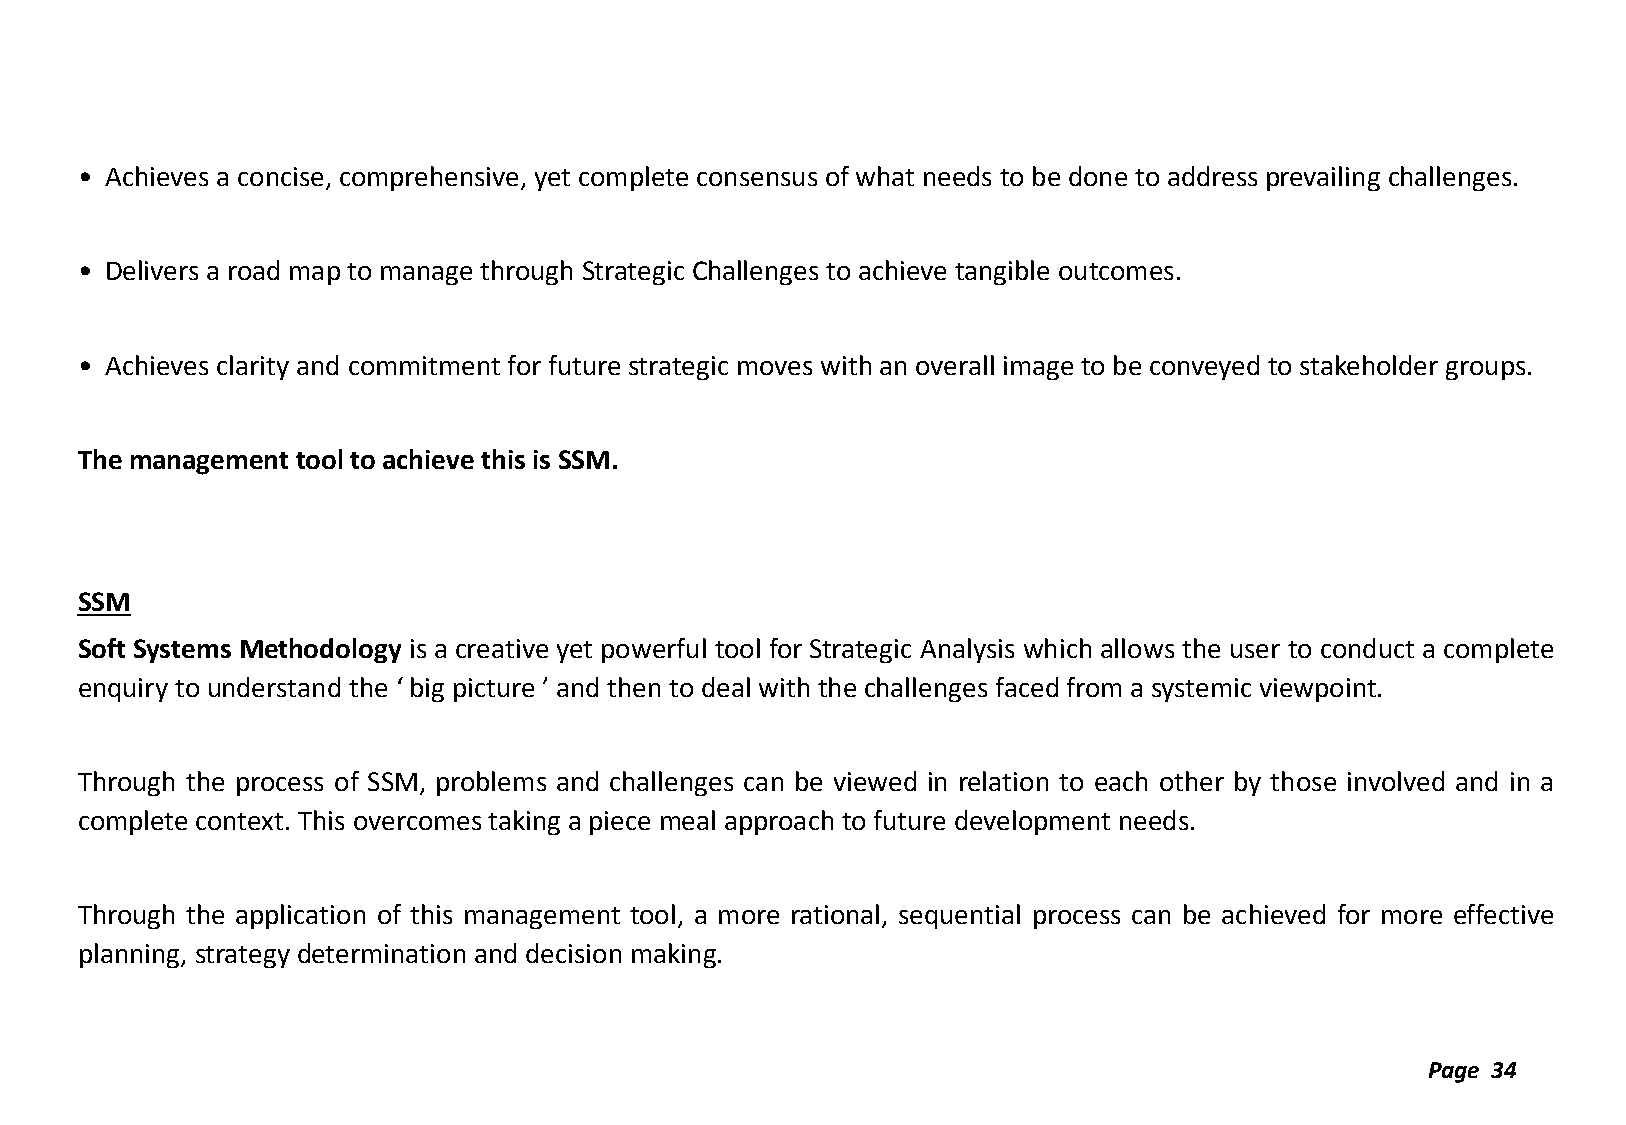
• Achieves a concise, comprehensive, yet complete consensus of what needs to be done to address prevailing challenges.
 • Delivers a road map to manage through Strategic Challenges to achieve tangible outcomes.
 • Achieves clarity and commitment for future strategic moves with an overall image to be conveyed to stakeholder groups.
 The management tool to achieve this is SSM.
 SSM
 Soft Systems Methodology is a creative yet powerful tool for Strategic Analysis which allows the user to conduct a complete
 enquiry to understand the ‘ big picture ’ and then to deal with the challenges faced from a systemic viewpoint.
 Through the process of SSM, problems and challenges can be viewed in relation to each other by those involved and in a
 complete context. This overcomes taking a piece meal approach to future development needs.
 Through the application of this management tool, a more rational, sequential process can be achieved for more effective
 planning, strategy determination and decision making.
 Page 34